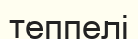
теппелі